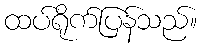
ထပ်ရိုက်ပြန်သည်။